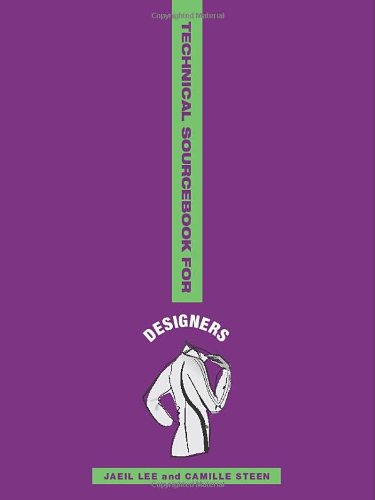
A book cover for Technical Sourcebook for Designers; Jaeil Lee; Business & Money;